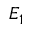
E _ { 1 }